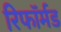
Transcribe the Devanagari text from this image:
रिफॉर्मड